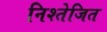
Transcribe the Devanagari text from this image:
निश्तेजित